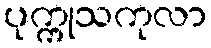
ပုက္ကုသကုလာ